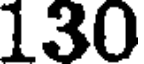
130